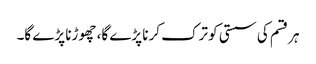
ہر قسم کی سستی کو ترک کرنا پڑے گا، چھوڑنا پڑے گا۔